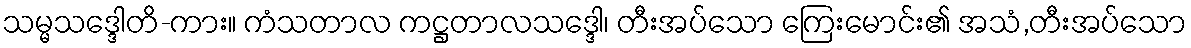
သမ္မသဒ္ဒေါတိ-ကား။ ကံသတာလ ကဋ္ဌတာလသဒ္ဒေါ၊ တီးအပ်သော ကြေးမောင်း၏ အသံ,တီးအပ်သော